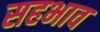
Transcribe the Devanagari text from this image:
सहभाव